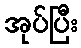
အုပ်ပြီး